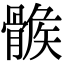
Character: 𩩽